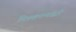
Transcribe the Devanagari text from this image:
मित्रकंपन्यांद्वारे